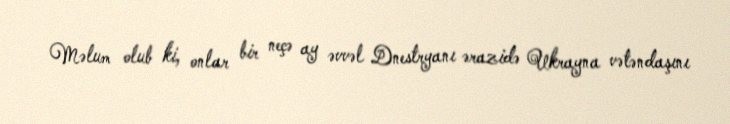
Məlum olub ki, onlar bir neçə ay əvvəl Dnestryanı ərazidə Ukrayna vətəndaşını